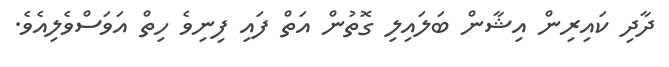
ދާދި ކައިރިން އިޝާން ބަލައިލި ގޮތުން އަތް ފައި ފިނިވެ ހިތް އަވަސްވެލިއެވެ.